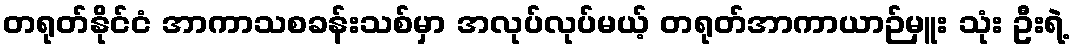
တရုတ်နိုင်ငံ အာကာသစခန်းသစ်မှာ အလုပ်လုပ်မယ့် တရုတ်အာကာယာဉ်မှူး သုံး ဦးရဲ့